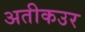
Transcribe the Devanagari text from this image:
अतीकउर